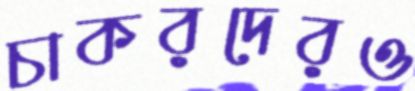
চাকরদেরও